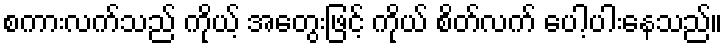
စကားလက်သည် ကိုယ့် အတွေးဖြင့် ကိုယ် စိတ်လက် ပေါ့ပါးနေသည်။